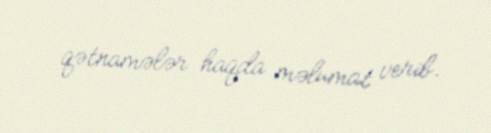
qətnamələr haqda məlumat verib.